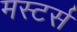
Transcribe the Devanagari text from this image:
मस्टर्स